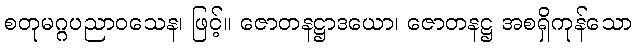
စတုမဂ္ဂပညာဝသေန၊ ဖြင့်။ ဇောတနဋ္ဌာဒယော၊ ဇောတနဋ္ဌ အစရှိကုန်သော